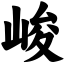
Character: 峻